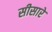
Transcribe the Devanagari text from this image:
सीसारे